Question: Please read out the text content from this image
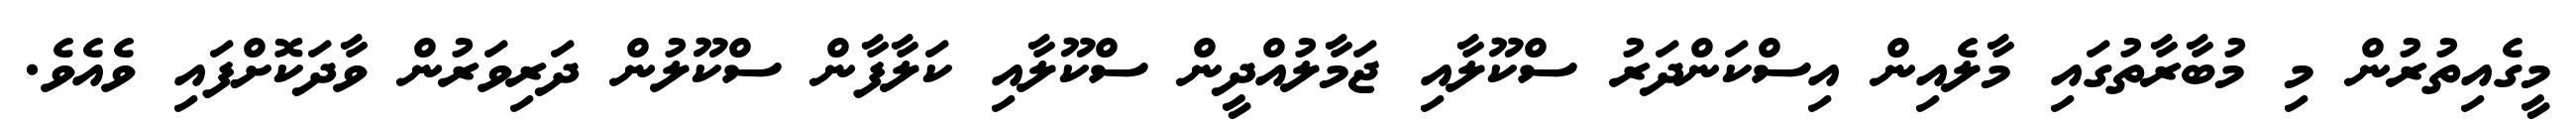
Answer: މީގެއިތުރުން މި މުބާރާތުގައި މާލެއިން އިސްކަންދަރު ސްކޫލާއި ޖަމާލުއްދީން ސްކޫލާއި ކަލާފާން ސްކޫލުން ދަރިވަރުން ވާދަކޮށްފައި ވެއެވެ.